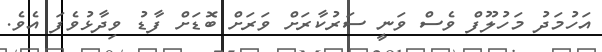
އަހުމަދު މަހުލޫފް ވެސް ވަނީ ސަރުކާރަށް ވަރަށް ބޮޑަށް ފާޑު ވިދާޅުވެފަ އެވެ.